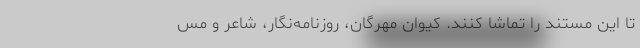
تا این مستند را تماشا کنند. کیوان مهرگان، روزنامه‌نگار، شاعر و مس